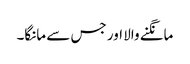
مانگنے والا اور جس سے مانگا۔